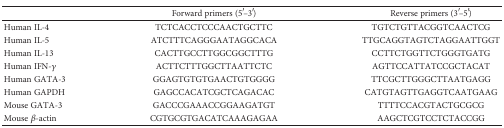
<table><thead><tr><td></td><td><b>Forward primers (5′–3′)</b></td><td><b>Reverse primers (3′–5′)</b></td></tr></thead><tbody><tr><td>Human IL-4</td><td>TCTCACCTCCCAACTGCTTC</td><td>TGTCTGTTACGGTCAACTCG</td></tr><tr><td>Human IL-5</td><td>ATCTTTCAGGGAATAGGCACA</td><td>TTGCAGGTAGTCTAGGAATTGGT</td></tr><tr><td>Human IL-13</td><td>CACTTGCCTTGGCGGCTTTG</td><td>CCTTCTGGTTCTGGGTGATG</td></tr><tr><td>Human IFN-<i>γ</i></td><td>ACTTCTTTGGCTTAATTCTC</td><td>AGTTCCATTATCCGCTACAT</td></tr><tr><td>Human GATA-3</td><td>GGAGTGTGTGAACTGTGGGG</td><td>TTCGCTTGGGCTTAATGAGG</td></tr><tr><td>Human GAPDH</td><td>GAGCCACATCGCTCAGACAC</td><td>CATGTAGTTGAGGTCAATGAAG</td></tr><tr><td>Mouse GATA-3</td><td>GACCCGAAACCGGAAGATGT</td><td>TTTTCCACGTACTGCGCG</td></tr><tr><td>Mouse <i>β</i>-actin</td><td>CGTGCGTGACATCAAAGAGAA</td><td>AAGCTCGTCCTCTACCGG</td></tr></tbody></table>